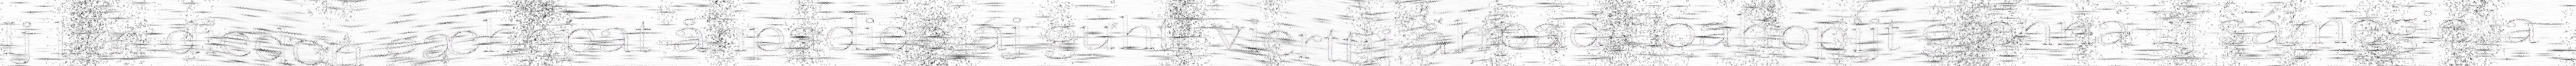
Ij lim diedon gæhppat åhpadiddjáj guhti vierttij åhpadit oahppijt gænna lij sámegiella